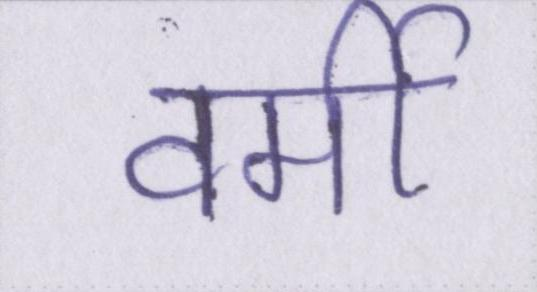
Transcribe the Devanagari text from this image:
वर्मी